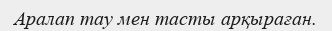
Аралап тау мен тасты арқыраған.